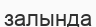
залында